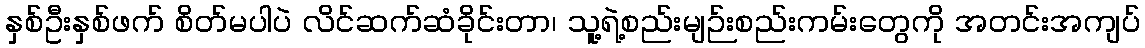
နှစ်ဦးနှစ်ဖက် စိတ်မပါပဲ လိင်ဆက်ဆံခိုင်းတာ၊ သူ့ရဲ့စည်းမျဉ်းစည်းကမ်းတွေကို အတင်းအကျပ်